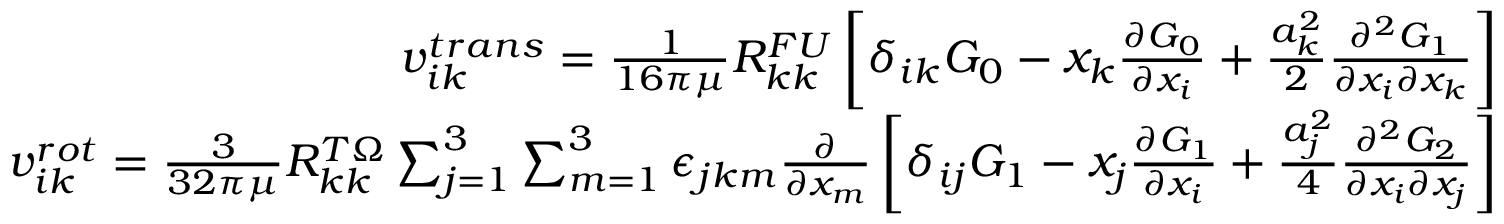
\begin{array} { r } { v _ { i k } ^ { t r a n s } = \frac { 1 } { 1 6 \pi \mu } R _ { k k } ^ { F U } \left[ \delta _ { i k } G _ { 0 } - x _ { k } \frac { \partial G _ { 0 } } { \partial x _ { i } } + \frac { a _ { k } ^ { 2 } } { 2 } \frac { \partial ^ { 2 } G _ { 1 } } { \partial x _ { i } \partial x _ { k } } \right] } \\ { v _ { i k } ^ { r o t } = \frac { 3 } { 3 2 \pi \mu } R _ { k k } ^ { T \Omega } \sum _ { j = 1 } ^ { 3 } \sum _ { m = 1 } ^ { 3 } \epsilon _ { j k m } \frac { \partial } { \partial x _ { m } } \left[ \delta _ { i j } G _ { 1 } - x _ { j } \frac { \partial G _ { 1 } } { \partial x _ { i } } + \frac { a _ { j } ^ { 2 } } { 4 } \frac { \partial ^ { 2 } G _ { 2 } } { \partial x _ { i } \partial x _ { j } } \right] } \end{array}